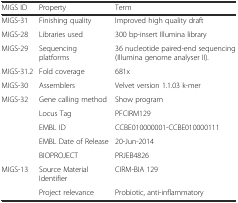
| MIGS ID | Property | Term |
 | --- | --- | --- |
 | MIGS-31 | Finishing quality | Improved high quality draft |
 | MIGS-28 | Libraries used | 300 bp-insert Illumina library |
 | MIGS-29 | Sequencing platforms | 36 nucleotide paired-end sequencing (Illumina genome analyser II). |
 | MIGS-31.2 | Fold coverage | 681x |
 | MIGS-30 | Assemblers | Velvet version 1.1.03 k-mer |
 | MIGS-32 | Gene calling method | Show program |
 |  | Locus Tag | PFCIRM129 |
 |  | EMBL ID | CCBE010000001-CCBE010000111 |
 |  | EMBL Date of Release | 20-Jun-2014 |
 |  | BIOPROJECT | PRJEB4826 |
 | MIGS-13 | Source Material Identifier | CIRM-BIA 129 |
 |  | Project relevance | Probiotic, anti-inflammatory |